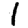
Digit: 1